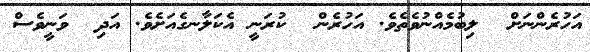
އަހުރެންނަށް  ލިބުމެއްނުވެތެވެ. އަހުރެން  ކުރަނީ އެކަލާނގެއަށެވެ. އަދި  ވަނީވެސް